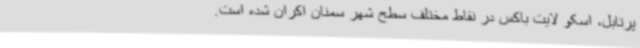
پرتابل، اسکو لایت باکس در نقاط مختلف سطح شهر سمنان اکران شده است.